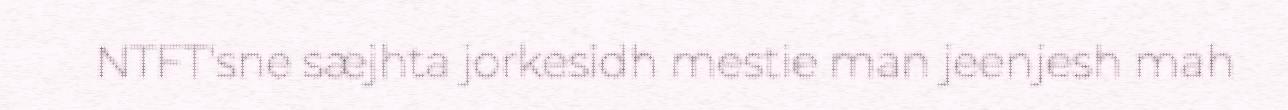
NTFT'sne sæjhta jorkesidh mestie man jeenjesh mah